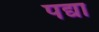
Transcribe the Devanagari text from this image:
पद्या